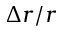
\Delta r / r